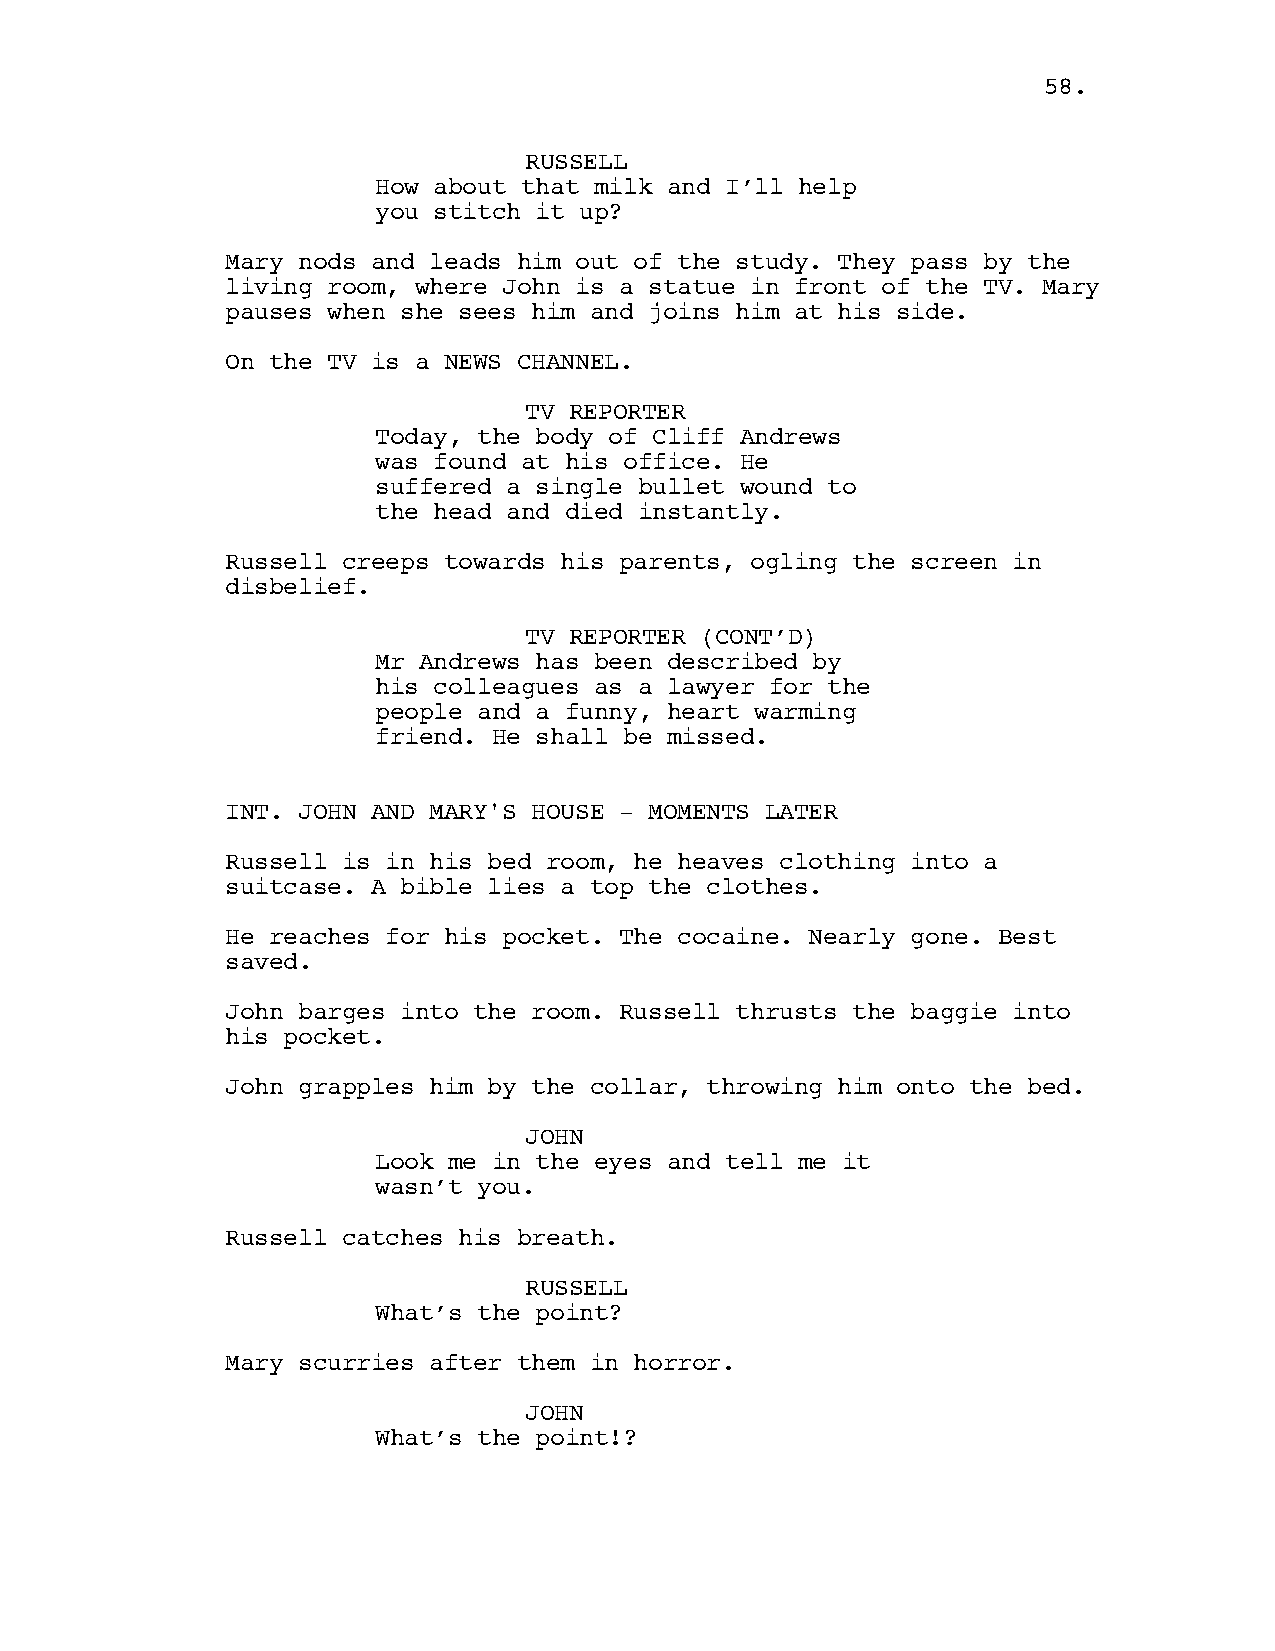
58.
 RUSSELL
 How about that milk and I’ll help
 you stitch it up?
 Mary nods and leads him out of the study. They pass by the
 living room, where John is a statue in front of the TV. Mary
 pauses when she sees him and joins him at his side.
 On the TV is a NEWS CHANNEL.
 TV REPORTER
 Today, the body of Cliff Andrews
 was found at his office. He
 suffered a single bullet wound to
 the head and died instantly.
 Russell creeps towards his parents, ogling the screen in
 disbelief.
 TV REPORTER (CONT’D)
 Mr Andrews has been described by
 his colleagues as a lawyer for the
 people and a funny, heart warming
 friend. He shall be missed.
 INT. JOHN AND MARY'S HOUSE - MOMENTS LATER
 Russell is in his bed room, he heaves clothing into a
 suitcase. A bible lies a top the clothes.
 He reaches for his pocket. The cocaine. Nearly gone. Best
 saved.
 John barges into the room. Russell thrusts the baggie into
 his pocket.
 John grapples him by the collar, throwing him onto the bed.
 JOHN
 Look me in the eyes and tell me it
 wasn’t you.
 Russell catches his breath.
 RUSSELL
 What’s the point?
 Mary scurries after them in horror.
 JOHN
 What’s the point!?